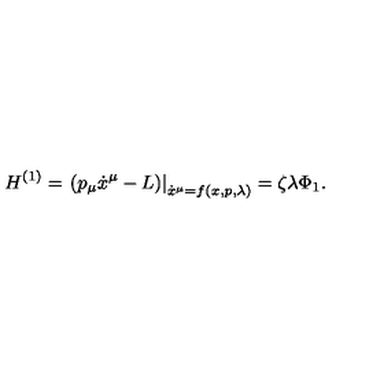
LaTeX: H ^ { ( 1 ) } = \left. \left( p _ { \mu } \dot { x } ^ { \mu } - L \right) \right| _ { \dot { x } ^ { \mu } = f ( x , p , \lambda ) } = \zeta \lambda \Phi _ { 1 } .